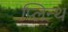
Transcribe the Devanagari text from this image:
प्लिन्थ